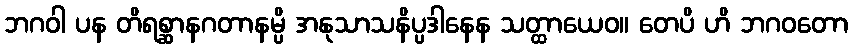
ဘဂဝါ ပန တိရစ္ဆာနဂတာနမ္ပိ အနုသာသနိပ္ပဒါနေန သတ္ထာယေဝ။ တေပိ ဟိ ဘဂဝတော